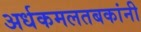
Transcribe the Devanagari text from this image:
अर्धकमलतबकांनी